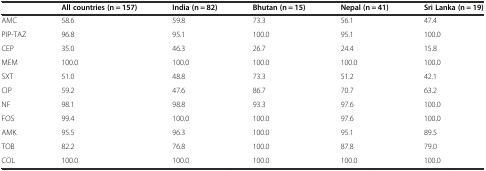
<table><thead><tr><td>[EMPTY_CELL]</td><td><b>All countries (n = 157)</b></td><td><b>India (n = 82)</b></td><td><b>Bhutan (n = 15)</b></td><td><b>Nepal (n = 41)</b></td><td><b>Sri Lanka (n = 19)</b></td></tr></thead><tbody><tr><td>AMC</td><td>58.6</td><td>59.8</td><td>73.3</td><td>56.1</td><td>47.4</td></tr><tr><td>PIP-TAZ</td><td>96.8</td><td>95.1</td><td>100.0</td><td>95.1</td><td>100.0</td></tr><tr><td>CEP</td><td>35.0</td><td>46.3</td><td>26.7</td><td>24.4</td><td>15.8</td></tr><tr><td>MEM</td><td>100.0</td><td>100.0</td><td>100.0</td><td>100.0</td><td>100.0</td></tr><tr><td>SXT</td><td>51.0</td><td>48.8</td><td>73.3</td><td>51.2</td><td>42.1</td></tr><tr><td>CIP</td><td>59.2</td><td>47.6</td><td>86.7</td><td>70.7</td><td>63.2</td></tr><tr><td>NF</td><td>98.1</td><td>98.8</td><td>93.3</td><td>97.6</td><td>100.0</td></tr><tr><td>FOS</td><td>99.4</td><td>100.0</td><td>100.0</td><td>97.6</td><td>100.0</td></tr><tr><td>AMK</td><td>95.5</td><td>96.3</td><td>100.0</td><td>95.1</td><td>89.5</td></tr><tr><td>TOB</td><td>82.2</td><td>76.8</td><td>100.0</td><td>87.8</td><td>79.0</td></tr><tr><td>COL</td><td>100.0</td><td>100.0</td><td>100.0</td><td>100.0</td><td>100.0</td></tr></tbody></table>